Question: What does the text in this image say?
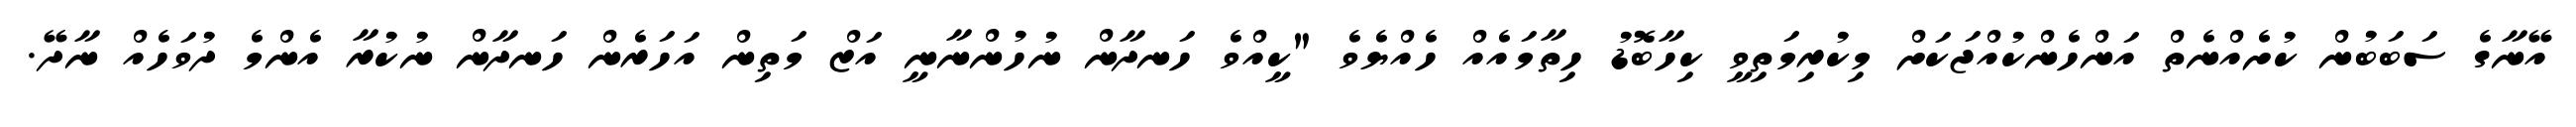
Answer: އޭނާގެ ސަބަބުން ކުށެއްނެތް އަންހެންކުއްޖަކަށް މިކުރިމަތިވީ ކިހާބޮޑު ހިތާމައެއް ހެއްޔެވެ "ކީއްވެ ހަނދާން ނުހުންނާނީ އަޒް މަތިން އަހަރެން ހަނދާން ނުކުރާ އެންމެ ދުވަހެއް ނާދޭ.